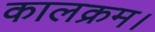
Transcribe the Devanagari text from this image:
कालक्रम।